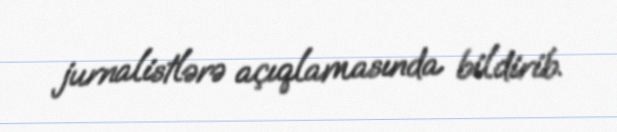
jurnalistlərə açıqlamasında bildirib.